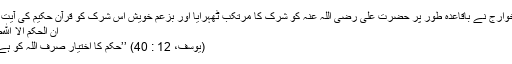
خوارج نے باقاعدہ طور پر حضرت علی رضی اللہ عنہ کو شرک کا مرتکب ٹھہرایا اور بزعمِ خویش اِس شرک کو قرآن حکیم کی آیت :
اِنِ الْحُکْمُ اِلاَّ ِﷲِط
(یوسف، 12 : 40) ’’حکم کا اختیار صرف اللہ کو ہے۔